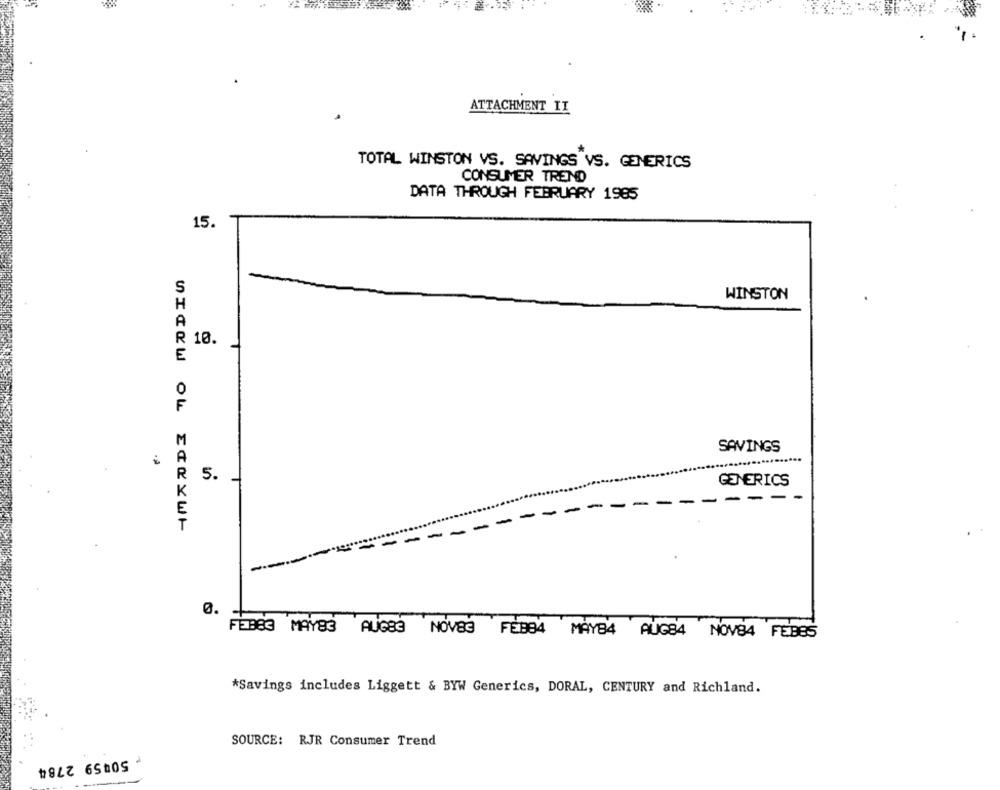
ATTACHMENT II
TOTAL WINSTON VS. SAVINGS VS. GENERICS
CONSUMER TREND
DATA THROUGH FEBRUARY 1985
15.
WINSTON
10.
SAVINGS
5.
GENERICS
.-- --
-
-
-
-
0.
FEBB3 MAY83 AUG83 NOVBG FEBB4 MAYB4 AUG84 NOV84 FEBES
*Savings includes Liggett & BYW Generics, DORAL, CENTURY and Richland.
SOURCE: RJR Consumer Trend
50459 2784